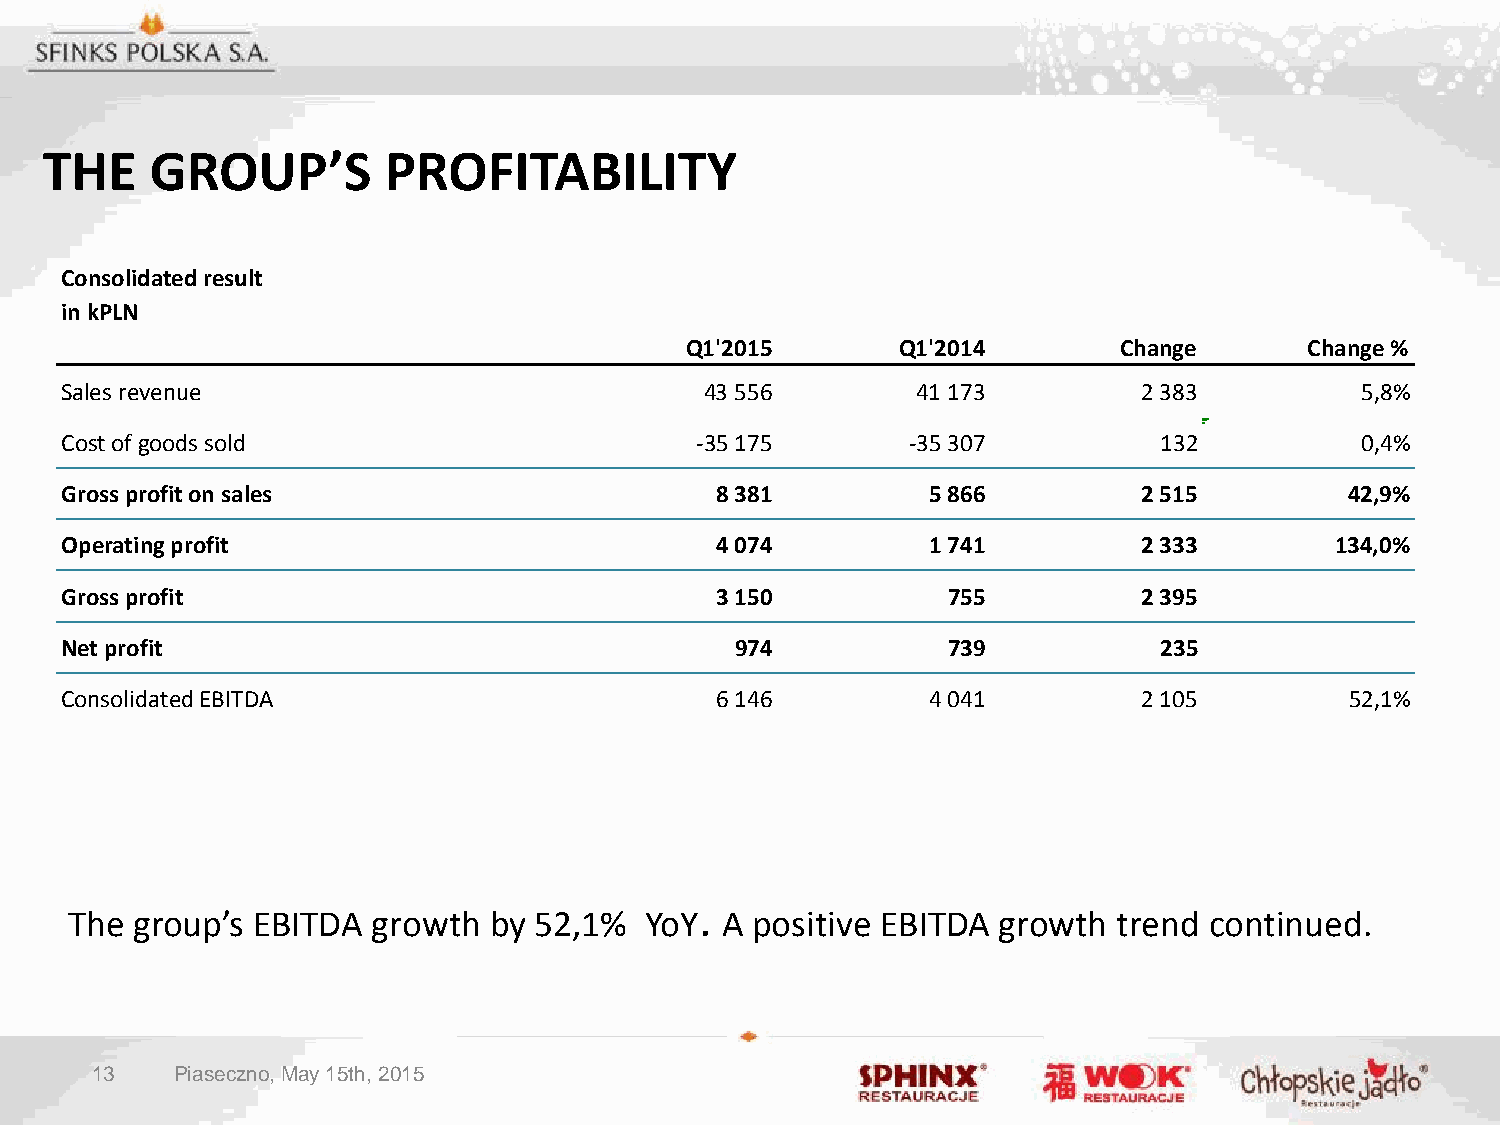
THE    GROUP’S        PROFITABILITY
 Consolidated result
 in kPLN
 Q1'2015        Q1'2014       Change       Change %
 Sales revenue                              43 556        41 173         2 383         5,8%
 Cost of goods sold                        -35 175       -35 307          132          0,4%
 Gross profit on sales                      8 381         5 866          2 515        42,9%
 Operating profit                           4 074         1 741          2 333       134,0%
 Gross profit                               3 150           755          2 395
 Net profit                                   974           739           235
 Consolidated EBITDA                        6 146         4 041          2 105        52,1%
 .
 The group’s EBITDA  growth by 52,1%   YoY  A positive EBITDA growth  trend continued.
 13    Piaseczno, May 15th, 2015